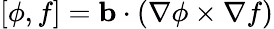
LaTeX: [\phi,f]=\mathbf{b}\cdot\left(\nabla\phi\times\nabla f\right)